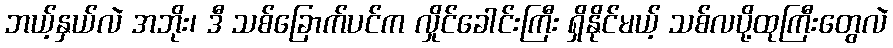
ဘယ့်နှယ်လဲ အဘိုး၊ ဒီ သစ်ခြောက်ပင်က လှိုင်ခေါင်းကြီး ရှိနိုင်မယ့် သစ်လပို့ထုကြီးတွေလဲ